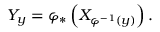
Y _ { y } = \varphi _ { * } \left( X _ { \varphi ^ { - 1 } ( y ) } \right) .